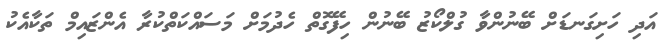
އަދި ހަށިގަނޑަށް ބޭނުންވާ ގުލްކޯޒު ބޭނުން ހިފޭގޮތް ހެދުމަށް މަސައްކަތްކުރާ އެންޒައިމް ތަކާއެކު